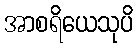
အာစရိယေသုပိ